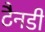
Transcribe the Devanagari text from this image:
टैनडी